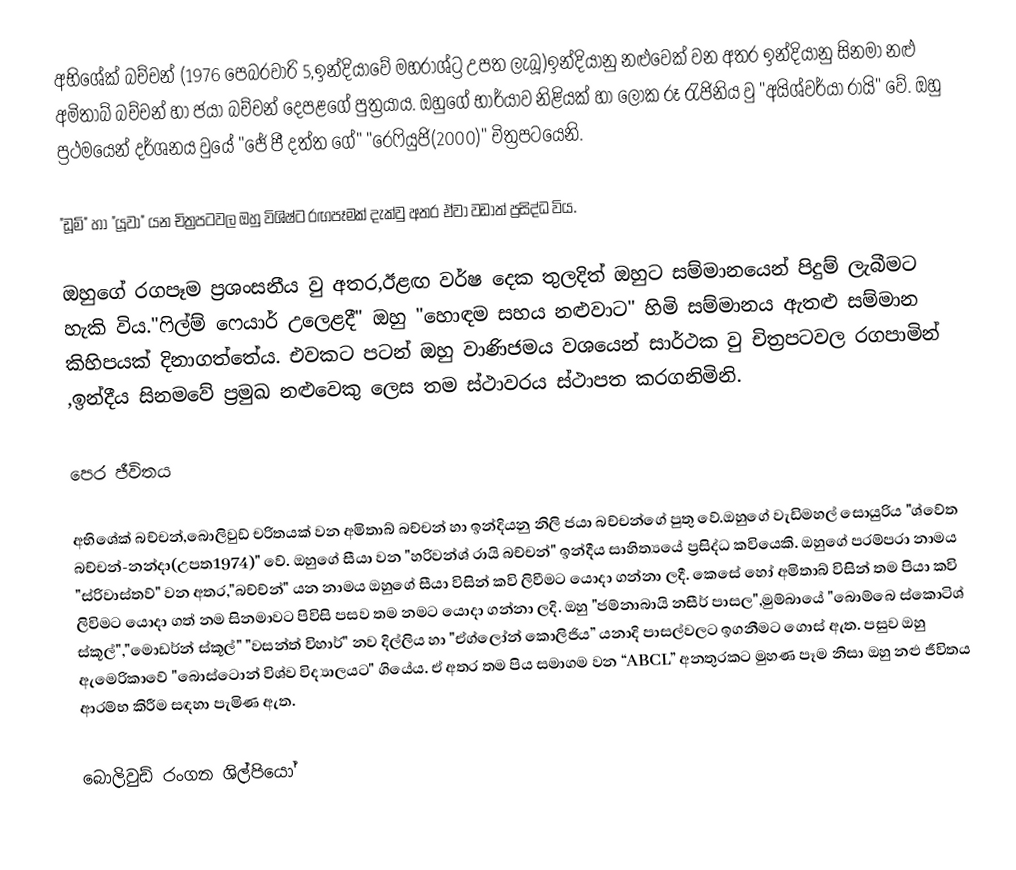
අභිශේක් බච්චන් (1976 පෙබරවාරි 5,ඉන්දියාවේ මහරාශ්ට්‍ර උපත ලැබූ)ඉන්දියානු නළුවෙක් වන අතර ඉන්දියානු සිනමා නළු අමිතාබ් බච්චන් හා ජයා බච්චන් දෙපළගේ පුත්‍රයාය. ඔහුගේ භාර්යාව නිළියක් හා ලෝක රූ රැජිනිය වු "අයිශ්වර්යා රායි" වේ. ඔහු ප්‍රථමයෙන් දර්ශනය වුයේ "ජේ පී දත්ත ගේ" "රෙෆියුජි(2000)" චිත්‍රපටයෙනි.

"ඩූම්" හා "යූවා" යන චිත්‍රපටවල ඔහු විශිෂ්ට රඟපෑමක් දැක්වු අතර ඒවා වඩාත් ප්‍රසිද්ධ විය.

ඔහුගේ රගපෑම ප්‍රශංසනීය වු අතර,ඊළඟ වර්ෂ දෙක තුලදිත් ඔහුට සම්මානයෙන් පිදුම් ලැබීමට හැකි විය."ෆිල්ම් ෆෙයාර් උලෙළදී" ඔහු "හොඳම සහය නළුවාට" හිමි සම්මානය ඇතළු සම්මාන කිහිපයක් දිනාගත්තේය. එවකට පටන් ඔහු වාණිජමය වශයෙන් සාර්ථක වු චිත්‍රපටවල රගපාමින් ,ඉන්දීය සිනමවේ ප්‍රමුඛ නළුවෙකු ලෙස තම ස්ථාවරය ස්ථාපත කරගනිමිනි.

පෙර ජීවිතය

අභිශේක් බච්චන්,බොලිවුඩ් චරිතයක් වන අමිතාබ් බච්චන් හා ඉන්දියනු නිලි ජයා බච්චන්ගේ පුතු වේ.ඔහුගේ වැඩිමහල් සොයුරිය "ශ්වේත බච්චන්-නන්දා(උපත1974)" වේ. ඔහුගේ සීයා වන "හරිවන්ශ් රායි බච්චන්" ඉන්දීය සාහිත්‍යයේ ප්‍රසිද්ධ කවියෙකි. ඔහුගේ පරම්පරා නාමය "ස්රිවාස්තව්" වන අතර,"බච්ච්න්" යන නාමය ඔහුගේ සීයා විසින් කවි ලිවීමට යොදා ගන්නා ලදී. කෙසේ හෝ අමිතාබ් විසින් තම පියා කවි ලිවිමට යොදා ගත් නම සිනමාවට පිවිසි පසව තම නමට යොදා ගන්නා ලදි. ඔහු "ජම්නාබායි නසීර් පාසල",මුම්බායේ "බොම්බෙ ස්කොටිශ් ස්කූල්","මොඩර්න් ස්කූල්" "වසන්ත් විහාර්" නව දිල්ලිය හා "ඒග්ලෝන් කොලිජිය” යනාදි පාසල්වලට ඉගනීමට ගොස් ඇත. පසුව ඔහු ඇමෙරිකාවේ "බොස්ටොන් විශ්ව විද්‍යාලයට" ගියේය. ඒ අතර තම පිය සමාගම වන “ABCL” අනතුරකට මුහණ පෑම නිසා ඔහු නළු ජීවිතය ආරම්භ කිරීම සඳහා පැමිණ ඇත.

බොලිවුඩ් රංගන ශිල්පියෝ